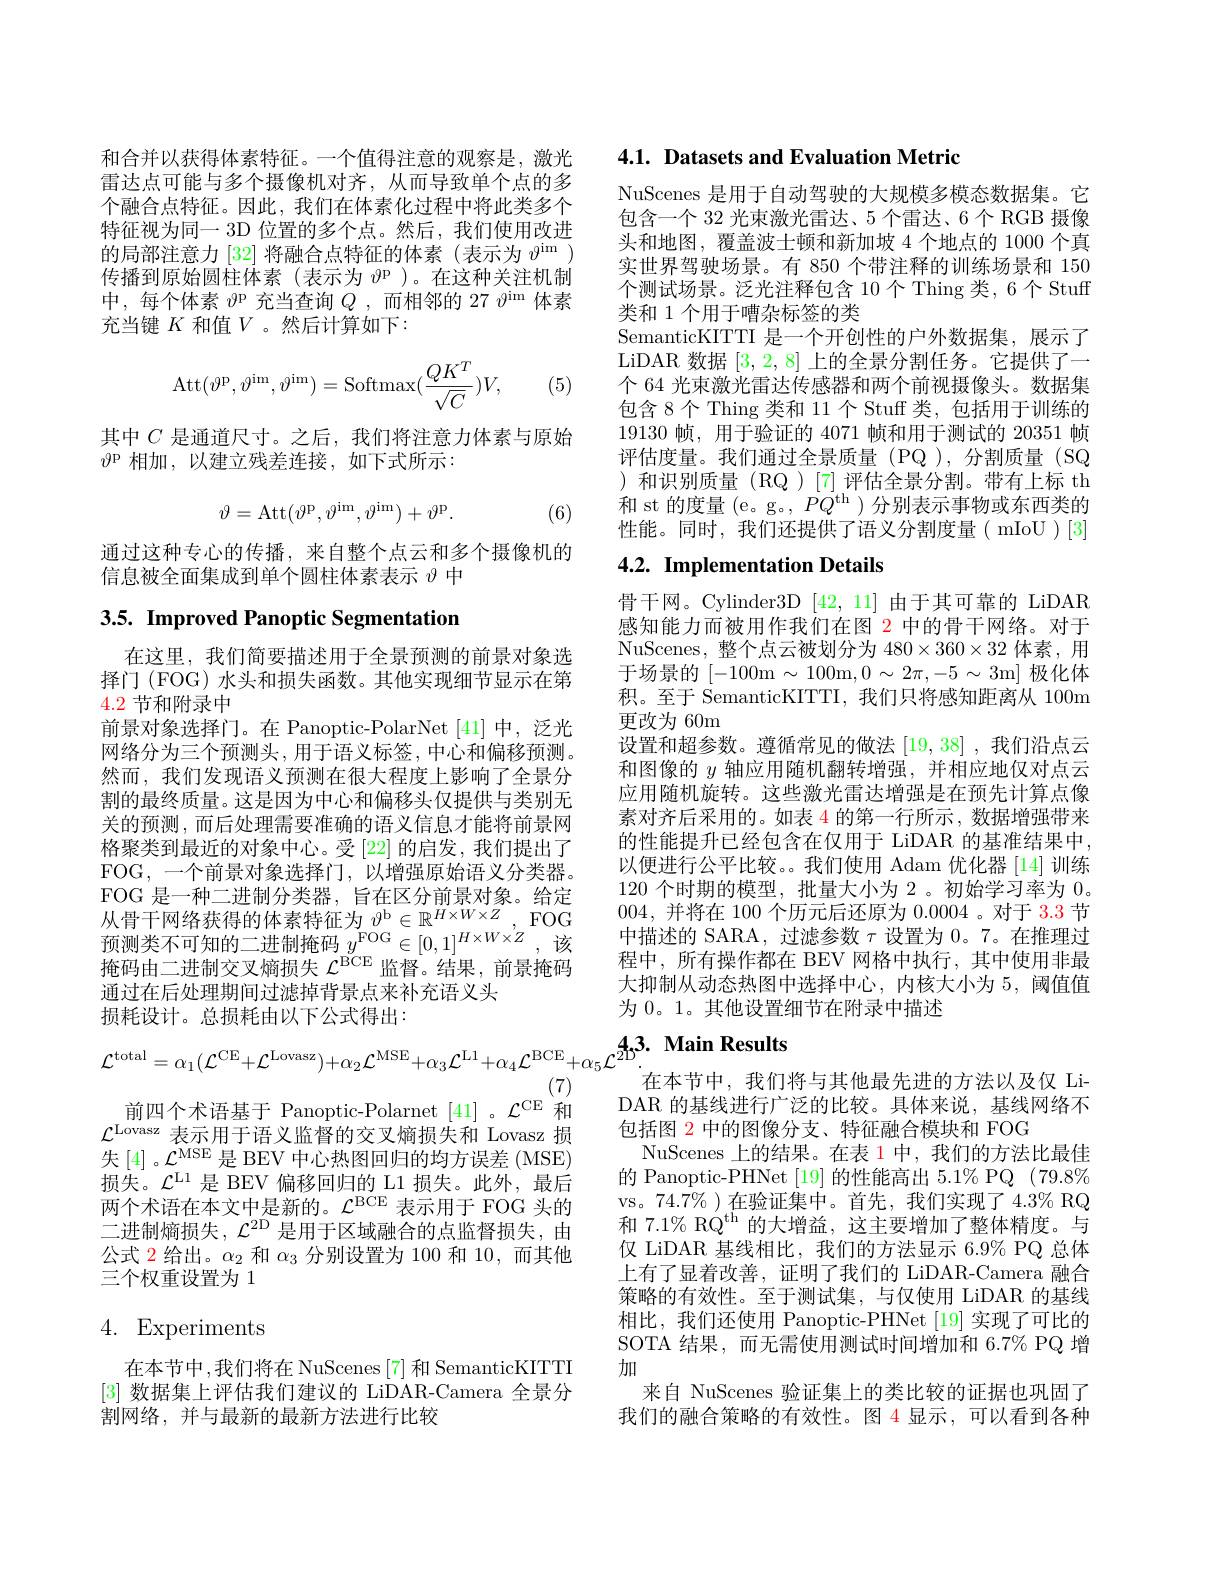
和合并以获得体素特征。一个值得注意的观察是，激光雷达点可能与多个摄像机对齐，从而导致单个点的多个融合点特征。因此，我们在体素化过程中将此类多个特征视为同一 3D 位置的多个点。然后，我们使用改进的局部注意力 [32] 将融合点特征的体素(表示为$\vartheta^\mathrm{im}$ ) 传播到原始圆柱体素(表示为$\vartheta^\mathrm{p}$ )。在这种关注机制中，每个体素$\vartheta$p 充当查询$Q$ ,而相邻的 27 $\vartheta^\mathrm{im}$体素充当键$K$和值$V$ 。然后计算如下：
$$\mathrm{Att}(\vartheta^\mathrm{p},\vartheta^\mathrm{im},\vartheta^\mathrm{im})=\mathrm{Softmax}(\frac{QK^T}{\sqrt{C}})V,$$
(5)

其中$C$是通道尺寸。之后，我们将注意力体素与原始
$\vartheta^\mathrm{p}$相加，以建立残差连接，如下式所示：
$$\vartheta=\mathrm{Att}(\vartheta^{\mathrm{p}},\vartheta^{\mathrm{im}},\vartheta^{\mathrm{im}})+\vartheta^{\mathrm{p}}.$$
(6)

通过这种专心的传播，来自整个点云和多个摄像机的
信息被全面集成到单个圆柱体素表示$\vartheta$中

# 3.5. Improved Panoptic Segmentation

择门 (FOG) 水头和损失函数。其他实现细节显示在第
4.2节和附录中

在这里，我们简要描述用于全景预测的前景对象选前景对象选择门。在 Panoptic-PolarNet [41] 中，泛光网络分为三个预测头，用于语义标签，中心和偏移预测。然而，我们发现语义预测在很大程度上影响了全景分割的最终质量。这是因为中心和偏移头仅提供与类别无关的预测，而后处理需要准确的语义信息才能将前景网格聚类到最近的对象中心。受[22] 的启发，我们提出了FOG,一个前景对象选择门，以增强原始语义分类器。FOG 是一种二进制分类器，旨在区分前景对象。给定从骨干网络获得的体素特征为$\vartheta^\mathrm{b}\in\mathbb{R}^{H\times W\times Z}$, FOG 预测类不可知的二进制掩码$y^\mathrm{FOG}\in[0,1]^{H\times W\times Z}$,该掩码由二进制交叉熵损失$\mathcal{L}^\mathrm{BCE}$监督。结果，前景掩码通过在后处理期间过滤掉背景点来补充语义头
损耗设计。总损耗由以下公式得出：
$$\mathcal{L}^{\mathrm{total}}=\alpha_{1}(\mathcal{L}^{\mathrm{CE}}+\mathcal{L}^{\mathrm{Lovasz}})+\alpha_{2}\mathcal{L}^{\mathrm{MSE}}+\alpha_{3}\mathcal{L}^{\mathrm{L1}}+\alpha_{4}\mathcal{L}^{\mathrm{BCE}}+\alpha_{5}\mathcal{L}\\(7)$$
前四个术语基于 Panoptic-Polarnet [41]。$\mathcal{L}^\mathrm{CE}$和$\mathcal{L}^\mathrm{Lovasz}$表示用于语义监督的交叉熵损失和 Lovasz 损失[4]。$\mathcal{L}^\mathrm{MSE}$是 BEV 中心热图回归的均方误差 (MSE) 损失。$\mathcal{L}^{\mathrm{L1}}$是 BEV 偏移回归的 L1 损失。此外，最后两个术语在本文中是新的。$\mathcal{L}^\mathrm{BCE}$表示用于 FOG 头的二进制熵损失，$\mathcal{L}^\mathrm{2D}$是用于区域融合的点监督损失，由公式 2 给出。$\alpha_2$和$\alpha_3$分别设置为 100 和 10,而其他三个权重设置为 1

# 4. Experiments

在本节中，我们将在 NuScenes[7] 和 SemanticKITTI [3]数据集上评估我们建议的 LiDAR-Camera 全景分割网络，并与最新的最新方法进行比较

## 4.1. Datasets and Evaluation Metric

NuScenes 是用于自动驾驶的大规模多模态数据集。它包含一个 32 光束激光雷达、5 个雷达、6 个 RGB 摄像头和地图，覆盖波士顿和新加坡 4 个地点的 1000 个真实世界驾驶场景。有 850 个带注释的训练场景和 150个测试场景。泛光注释包含 10 个 Thing 类，6 个 Stuff 类和 1 个用于嘈杂标签的类
SemanticKITTI 是一个开创性的户外数据集，展示了LiDAR 数据[3,2,8]上的全景分割任务。它提供了一个 64 光束激光雷达传感器和两个前视摄像头。数据集包含 8个 Thing 类和 11 个 Stuff 类，包括用于训练的19130 帧，用于验证的 4071 帧和用于测试的 20351 帧评估度量。我们通过全景质量(PQ),分割质量(SQ )和识别质量(RQ)[7]评估全景分割。带有上标 th 和 st 的度量(e。g。, $PQ^\mathrm{th}$ )分别表示事物或东西类的性能。同时，我们还提供了语义分割度量(mIoU)[3]

# 4.2. Implementation Details

骨干网。Cylinder3D [42,11]由于其可靠的 LiDAR 感知能力而被用作我们在图 2 中的骨干网络。对于NuScenes,整个点云被划分为$480\times360\times32$体素，用于场景的[-100m $\sim100$m$,0\sim2\pi,-5\sim3$m] 极化体积。至于 SemanticKITTI, 我们只将感知距离从 100m 更改为 60m
设置和超参数。遵循常见的做法[19,38] ,我们沿点云和图像的$y$轴应用随机翻转增强，并相应地仅对点云应用随机旋转。这些激光雷达增强是在预先计算点像素对齐后采用的。如表 4 的第一行所示，数据增强带来的性能提升已经包含在仅用于 LiDAR 的基准结果中， 以便进行公平比较。。我们使用 Adam 优化器 [14] 训练120个时期的模型，批量大小为 2。初始学习率为0。004,并将在 100 个历元后还原为0.0004 。对于 3.3 节中描述的 SARA, 过滤参数$\tau$设置为0。7。在推理过程中，所有操作都在 BEV 网格中执行，其中使用非最大抑制从动态热图中选择中心，内核大小为 5,阈值值为 0。1。其他设置细节在附录中描述

# $c^{43.\text{ Main Results}}$

在本节中，我们将与其他最先进的方法以及仅 LiDAR 的基线进行广泛的比较。具体来说，基线网络不包括图 2 中的图像分支、特征融合模块和 FOG
NuScenes 上的结果。在表 1 中，我们的方法比最佳的 Panoptic-PHNet [19] 的性能高出 5.1% PQ (79.8% vs。74.7% )在验证集中。首先，我们实现了 4.3% RQ 和 7.1% RQ$^\mathrm{th}$的大增益，这主要增加了整体精度。与仅 LiDAR 基线相比，我们的方法显示 6.9% PQ 总体上有了显着改善，证明了我们的 LiDAR-Camera 融合策略的有效性。至于测试集，与仅使用 LiDAR 的基线相比，我们还使用 Panoptic-PHNet[19]实现了可比的SOTA 结果，而无需使用测试时间增加和 6.7% PQ 增加
来自 NuScenes 验证集上的类比较的证据也巩固了我们的融合策略的有效性。图 4 显示，可以看到各种